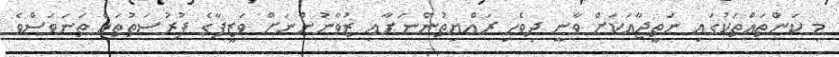
މި ކަންތައްތަކުގައި ނަތީޖާއަކަށް ވާނީ ދިވެހި ރައްޔިތުންނަށާއި ޒުވާނުންނަށް ވަޒީފާގެ ފުރުސަތުތައް ތަނަވަސްވެ